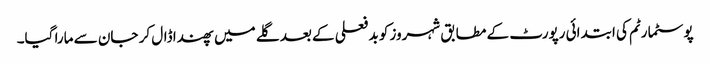
پوسٹمارٹم کی ابتدائی رپورٹ کے مطابق شہروز کو بد فعلی کے بعد گلے میں پھندا ڈال کر جان سے مارا گیا۔